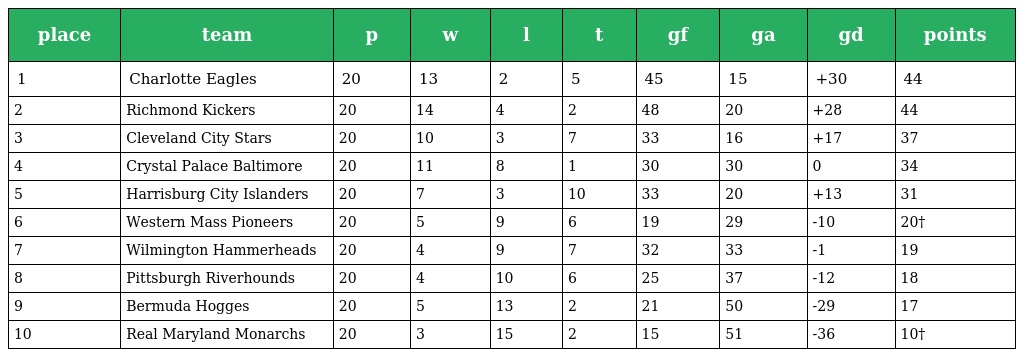
| place | team | p | w | l | t | gf | ga | gd | points |
 | --- | --- | --- | --- | --- | --- | --- | --- | --- | --- |
 | 1 | Charlotte Eagles | 20 | 13 | 2 | 5 | 45 | 15 | +30 | 44 |
 | 2 | Richmond Kickers | 20 | 14 | 4 | 2 | 48 | 20 | +28 | 44 |
 | 3 | Cleveland City Stars | 20 | 10 | 3 | 7 | 33 | 16 | +17 | 37 |
 | 4 | Crystal Palace Baltimore | 20 | 11 | 8 | 1 | 30 | 30 | 0 | 34 |
 | 5 | Harrisburg City Islanders | 20 | 7 | 3 | 10 | 33 | 20 | +13 | 31 |
 | 6 | Western Mass Pioneers | 20 | 5 | 9 | 6 | 19 | 29 | -10 | 20† |
 | 7 | Wilmington Hammerheads | 20 | 4 | 9 | 7 | 32 | 33 | -1 | 19 |
 | 8 | Pittsburgh Riverhounds | 20 | 4 | 10 | 6 | 25 | 37 | -12 | 18 |
 | 9 | Bermuda Hogges | 20 | 5 | 13 | 2 | 21 | 50 | -29 | 17 |
 | 10 | Real Maryland Monarchs | 20 | 3 | 15 | 2 | 15 | 51 | -36 | 10† |